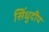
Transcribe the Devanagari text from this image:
सिंधुदीप